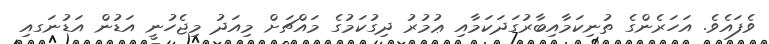
ވެފައެވެ. އަހަރެންގެ ތުނިކަމާއިބާރުގަދަކަމާއި ޢުމުރު ދިގުކަމުގެ މައްޗަށް މިއަދު މިޖެހުނީ އަޑުން އަޑުނަގއި